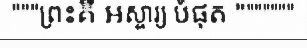
"""ព្រះគឺ អស្ចារ្យ បំផុត """""""